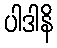
ပါဒါနိ